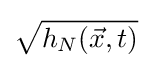
{\sqrt {h_{N}({\vec {x}},t)}}